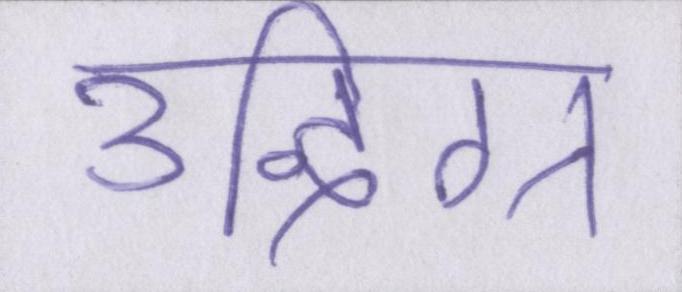
उद्विग्न